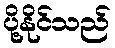
ပို့နိုင်သည်